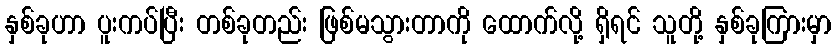
နှစ်ခုဟာ ပူးကပ်ပြီး တစ်ခုတည်း ဖြစ်မသွားတာကို ထောက်လို့ ရှိရင် သူတို့ နှစ်ခုကြားမှာ